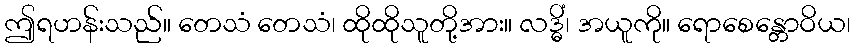
ဤရဟန်းသည်။ တေသံ တေသံ၊ ထိုထိုသူတို့အား။ လဒ္ဓိံ၊ အယူကို။ ရောစေန္တောဝိယ၊